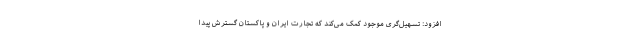
افزود: تسهیل‌گری موجود کمک می‌کند که تجارت ایران و پاکستان گسترش پیدا